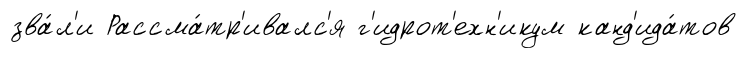
зва́л'и Рассма́тр'ивалс'я г'идрот'ехн'икум канд'ида́тов